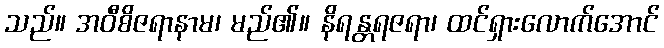
သည်။ အဝီစိဇရာနာမ၊ မည်၏။ နိရန္တရဇရာ၊ ထင်ရှားလောက်အောင်